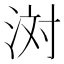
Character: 𪶊